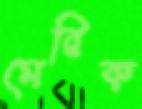
মেরিক